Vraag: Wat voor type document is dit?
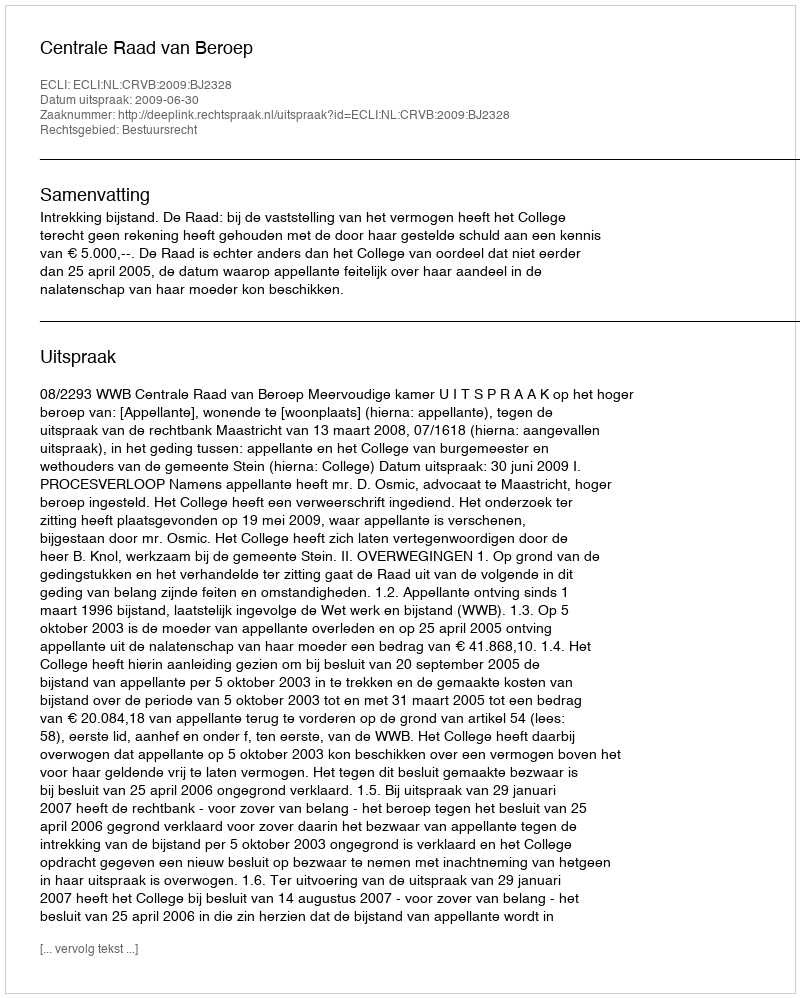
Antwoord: Uitspraak